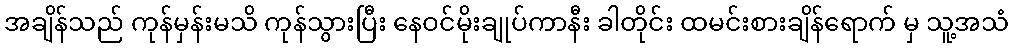
အချိန်သည် ကုန်မှန်းမသိ ကုန်သွားပြီး နေဝင်မိုးချုပ်ကာနီး ခါတိုင်း ထမင်းစားချိန်ရောက် မှ သူ့အသံ